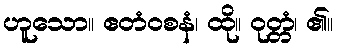
ဟူသော။ ဧတံဝစနံ၊ ထို။ ဝုတ္တံ၊ ၏။